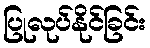
ပြုလုပ်နိုင်ခြင်း